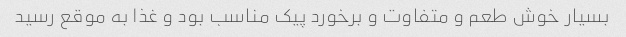
بسیار خوش طعم و متفاوت و برخورد پیک مناسب بود و غذا به موقع رسید